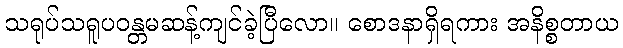
သရုပ်သရူပဝန္တမဆန့်ကျင်ခဲ့ပြီလော။ စောဒနာရှိရကား အနိစ္စတာယ